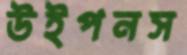
উইপনস